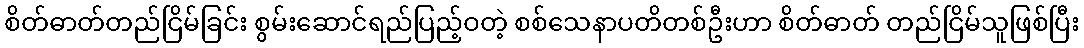
စိတ်ဓာတ်တည်ငြိမ်ခြင်း စွမ်းဆောင်ရည်ပြည့်ဝတဲ့ စစ်သေနာပတိတစ်ဦးဟာ စိတ်ဓာတ် တည်ငြိမ်သူဖြစ်ပြီး